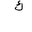
Letter: _kaf